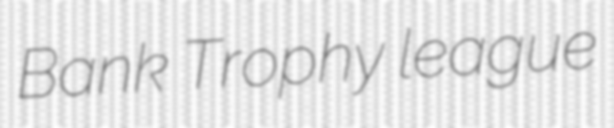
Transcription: Bank Trophy league